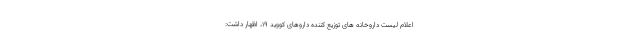
اعلام لیست داروخانه های توزیع کننده داروهای کووید ۱۹، اظهار داشت: